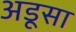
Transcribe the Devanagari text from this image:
अडूसा